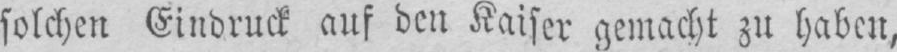
solchen Eindruck auf den Kaiser gemacht zu haben,